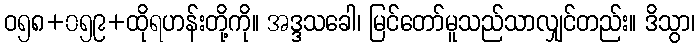
ဝ၅၈+၀၅၉+ထိုရဟန်းတို့ကို။ အဒ္ဒသခေါ၊ မြင်တော်မူသည်သာလျှင်တည်း။ ဒိသွာ၊